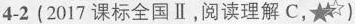
4-2 (2017 课标全国Ⅱ,阅读理解 C,☆)